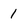
Character: 1